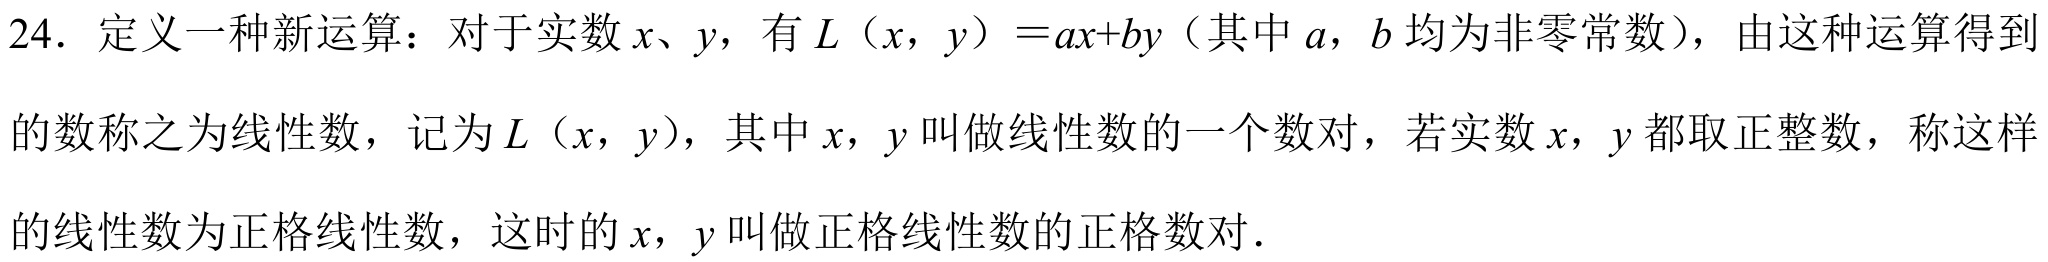
24. 定义一种新运算：对于实数\(x、y\)，有\(L（x，y） = ax + by\)（其中\(a\)，\(b\)均为非零常数），由这种运算得到的数称之为线性数，记为\(L（x，y）\)，其中\(x\)，\(y\)叫做线性数的一个数对，若实数\(x\)，\(y\)都取正整数，称这样的线性数为正格线性数，这时的\(x\)，\(y\)叫做正格线性数的正格数对.